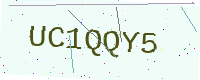
Text: UC1QQY5